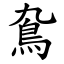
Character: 䲥